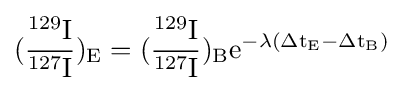
{\rm {({\frac {^{129}I}{^{127}I}})_{E}=({\frac {^{129}I}{^{127}I}})_{B}e^{-\lambda (\Delta t_{E}-\Delta t_{B})}}}